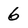
Character: 6